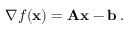
\nabla f ( \mathbf { x } ) = \mathbf { A } \mathbf { x } - \mathbf { b } \, .